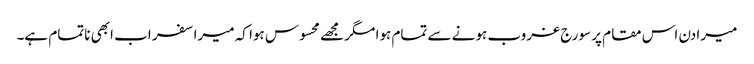
میرا دن اس مقام پر سورج غروب ہونے سے تمام ہوا مگر مجھے محسوس ہوا کہ میرا سفر اب ابھی ناتمام ہے۔